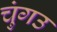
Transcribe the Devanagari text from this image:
चुंगउ